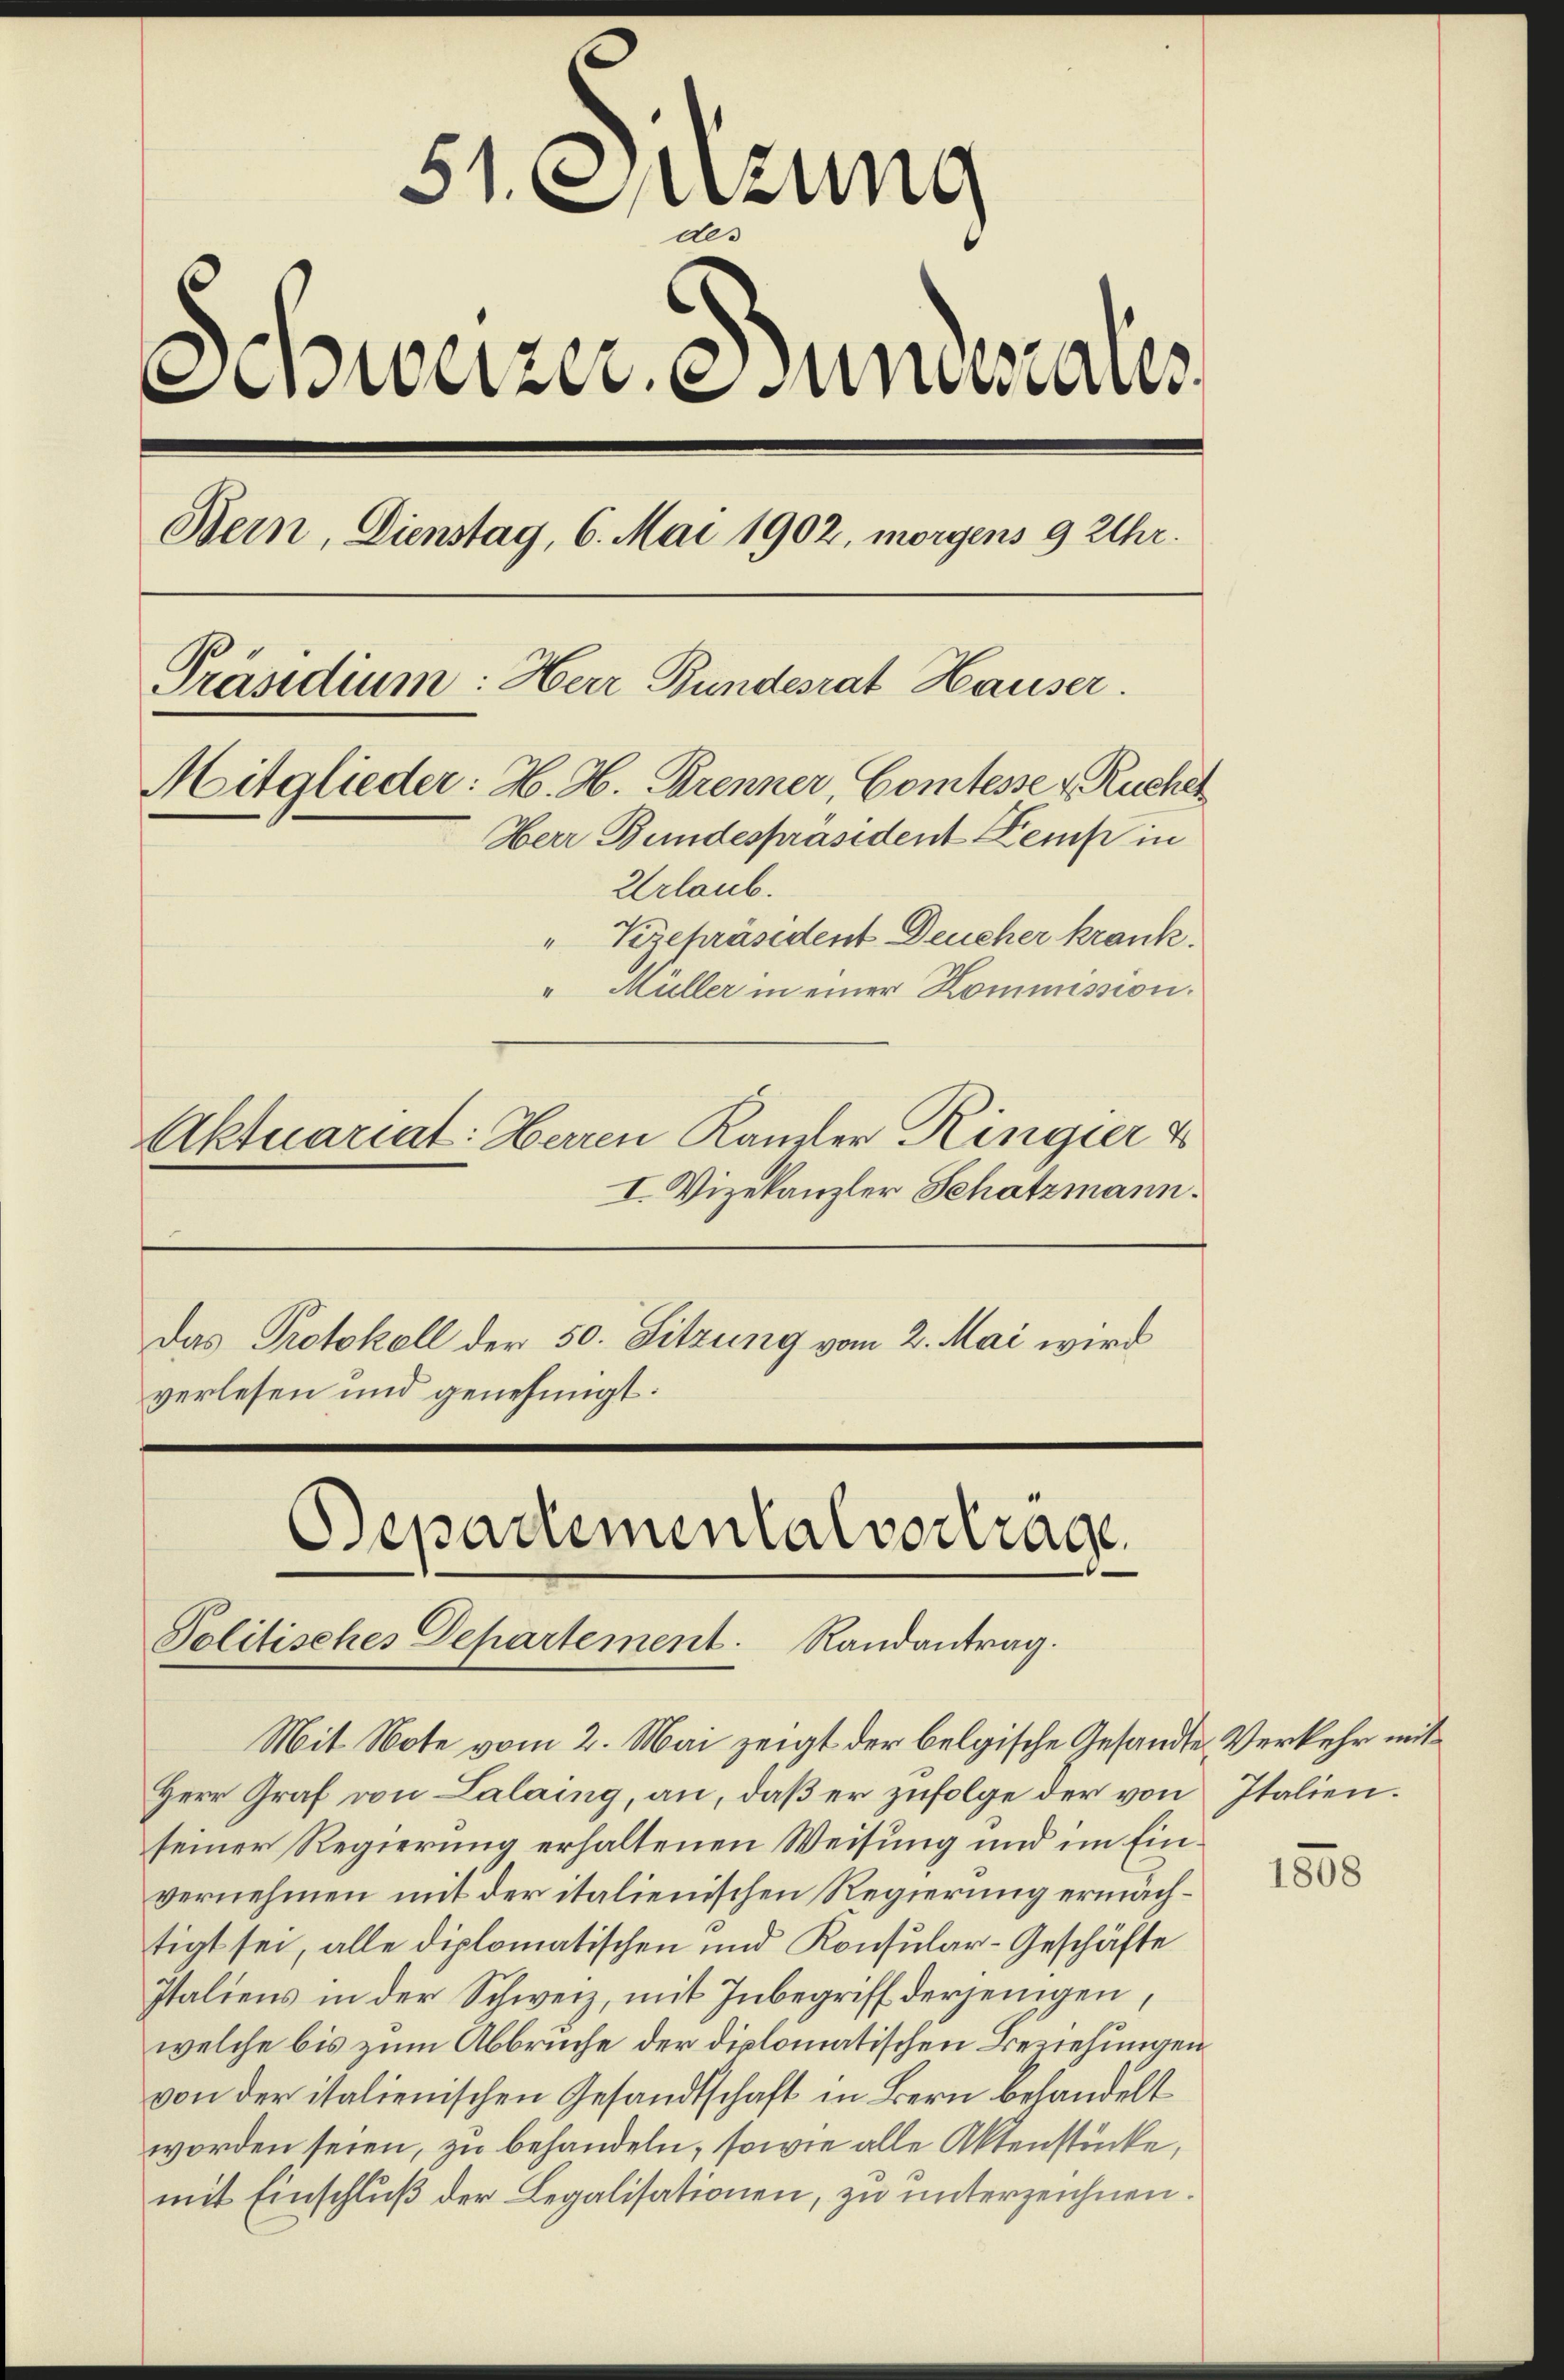
51. Dezung
de.
Schweizere Fundesaus
Bein, Dienstag, 6. Mai 1902, morgens 9 Uhr.
Präsidium: Herr Bundesrat Hauser.
Mitglieder: H. H. Brenner, Comtesse u. Ruchel
Herr Bundespräsident Kemp in
Urlaub.
"Kizepräsident Deucher krank.
" Müller in einer Kommission.
Aktuariat: Herren Kanzler Ringier d

I. Vizekanzler Schatzmann.
Das Protokoll der 50. Sitzung vom 2. Mai wird
verlesen und genehmigt:

Departemental vortrage
Politisches Departement. Randantrag.

Mit Note vom 2. Mai zeigt der belgische Gesandte Verkehr mit
Herr Graf von Lalaing, an, daß er zufolge der von Italien.
seiner Regierung erhaltenen Weisung und im Einvernehmen mit der italienischen Regierung ermächtigt sei, alle diplomatischen und Konsular-Geschäfte
Italiens in der Schweiz, mit Inbegriff derjenigen,
welche bis zum Abbruche der diplomatischen Beziehungen
von der italienischen Gesandtschaft in Bern behandelt
worden seien, zu behandeln, sowie alle Aktenstücke,
mit Einschluß der Legalisationen, zu unterzeichnen.

1558